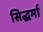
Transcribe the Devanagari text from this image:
सिद्धर्मा